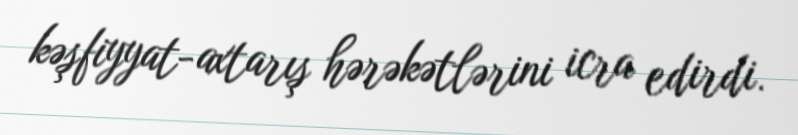
kəşfiyyat-axtarış hərəkətlərini icra edirdi.